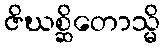
ဇိဃစ္ဆိတောသ္မိ